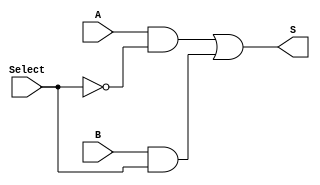
module Mux_2_to_1 ( 
input A,B,
input Select,
output S
);

//Ripple bus
wire Select_not;
wire and_A;
wire and_B;

assign Select_not=~Select;
assign and_A=A&Select_not;
assign and_B=B&Select;
assign S=and_A|and_B;

endmodule